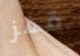
قفز